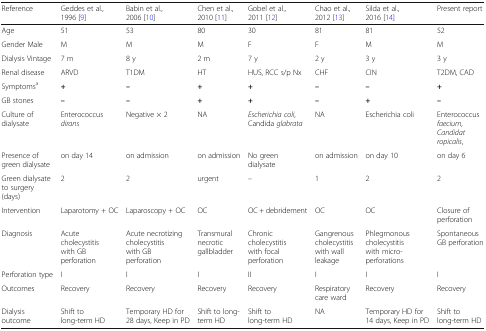
<table><thead><tr><td><b>Reference</b></td><td><b>Geddes et al., 1996 [9]</b></td><td><b>Babin et al., 2006 [10]</b></td><td><b>Chen et al., 2010 [11]</b></td><td><b>Gobel et al., 2011 [12]</b></td><td><b>Chao et al., 2012 [13]</b></td><td><b>Silda et al., 2016 [14]</b></td><td><b>Present report</b></td></tr></thead><tbody><tr><td>Age</td><td>51</td><td>53</td><td>80</td><td>30</td><td>81</td><td>81</td><td>52</td></tr><tr><td>Gender Male</td><td>M</td><td>M</td><td>M</td><td>F</td><td>F</td><td>M</td><td>M</td></tr><tr><td>Dialysis Vintage</td><td>7 m</td><td>8 y</td><td>2 m</td><td>7 y</td><td>2 y</td><td>3 y</td><td>3 y</td></tr><tr><td>Renal disease</td><td>ARVD</td><td>T1DM</td><td>HT</td><td>HUS, RCC s/p Nx</td><td>CHF</td><td>CIN</td><td>T2DM, CAD</td></tr><tr><td>Symptoms<sup>a</sup></td><td><b>+</b></td><td><b>–</b></td><td><b>+</b></td><td><b>+</b></td><td><b>–</b></td><td><b>–</b></td><td><b>+</b></td></tr><tr><td>GB stones</td><td><b>–</b></td><td><b>–</b></td><td><b>+</b></td><td><b>+</b></td><td><b>–</b></td><td><b>+</b></td><td><b>–</b></td></tr><tr><td>Culture of dialysate</td><td>Enterococcus <i>dirans</i></td><td>Negative × 2</td><td>NA</td><td><i>Escherichia coli</i>, Candida <i>glabrata</i></td><td>NA</td><td>Escherichia coli</td><td>Enterococcus <i>faecium</i>,<i>Candidatropicalis</i>,</td></tr><tr><td>Presence of green dialysate</td><td>on day 14</td><td>on admission</td><td>on admission</td><td>No green dialysate</td><td>on admission</td><td>on day 10</td><td>on day 6</td></tr><tr><td>Green dialysate to surgery (days)</td><td>2</td><td>2</td><td>urgent</td><td>–</td><td>1</td><td>2</td><td>2</td></tr><tr><td>Intervention</td><td>Laparotomy + OC</td><td>Laparoscopy + OC</td><td>OC</td><td>OC + debridement</td><td>OC</td><td>OC</td><td>Closure of perforation</td></tr><tr><td>Diagnosis</td><td>Acute cholecystitis with GB perforation</td><td>Acute necrotizing cholecystitis with GB perforation</td><td>Transmural necrotic gallbladder</td><td>Chronic cholecystitis with focal perforation</td><td>Gangrenous cholecystitis with wall leakage</td><td>Phlegmonous cholecystitis with micro-perforations</td><td>Spontaneous GB perforation</td></tr><tr><td>Perforation type</td><td>I</td><td>I</td><td>I</td><td>II</td><td>I</td><td>I</td><td>I</td></tr><tr><td>Outcomes</td><td>Recovery</td><td>Recovery</td><td>Recovery</td><td>Recovery</td><td>Respiratory care ward</td><td>Recovery</td><td>Recovery</td></tr><tr><td>Dialysis outcome</td><td>Shift to long-term HD</td><td>Temporary HD for 28 days, Keep in PD</td><td>Shift to long-term HD</td><td>Shift to long-term HD</td><td>NA</td><td>Temporary HD for 14 days, Keep in PD</td><td>Shift to long-term HD</td></tr></tbody></table>